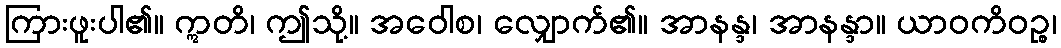
ကြားဖူးပါ၏။ ဣတိ၊ ဤသို့။ အဝေါစ၊ လျှောက်၏။ အာနန္ဒ၊ အာနန္ဒာ။ ယာဝကိဝဉ္စ၊